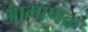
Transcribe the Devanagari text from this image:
आभाणक